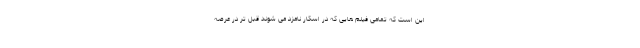
این است که تمامی فیلم هایی که در اسکار نامزد می شوند قبل تر در عرصه